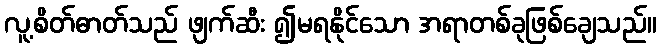
လူ့စိတ်ဓာတ်သည် ဖျက်ဆီး ၍မရနိုင်သော အရာတစ်ခုဖြစ်ချေသည်။